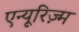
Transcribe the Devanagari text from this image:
एन्यूरिज़्म